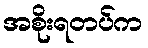
အစိုးရတပ်က